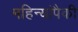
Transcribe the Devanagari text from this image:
महिन्यांपैकी